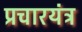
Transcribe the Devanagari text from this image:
प्रचारयंत्र